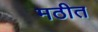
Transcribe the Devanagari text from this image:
मठीत